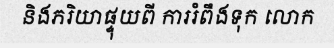
និងភរិយាផ្ទុយពី ការរំពឹងទុក លោក